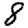
Digit: 8